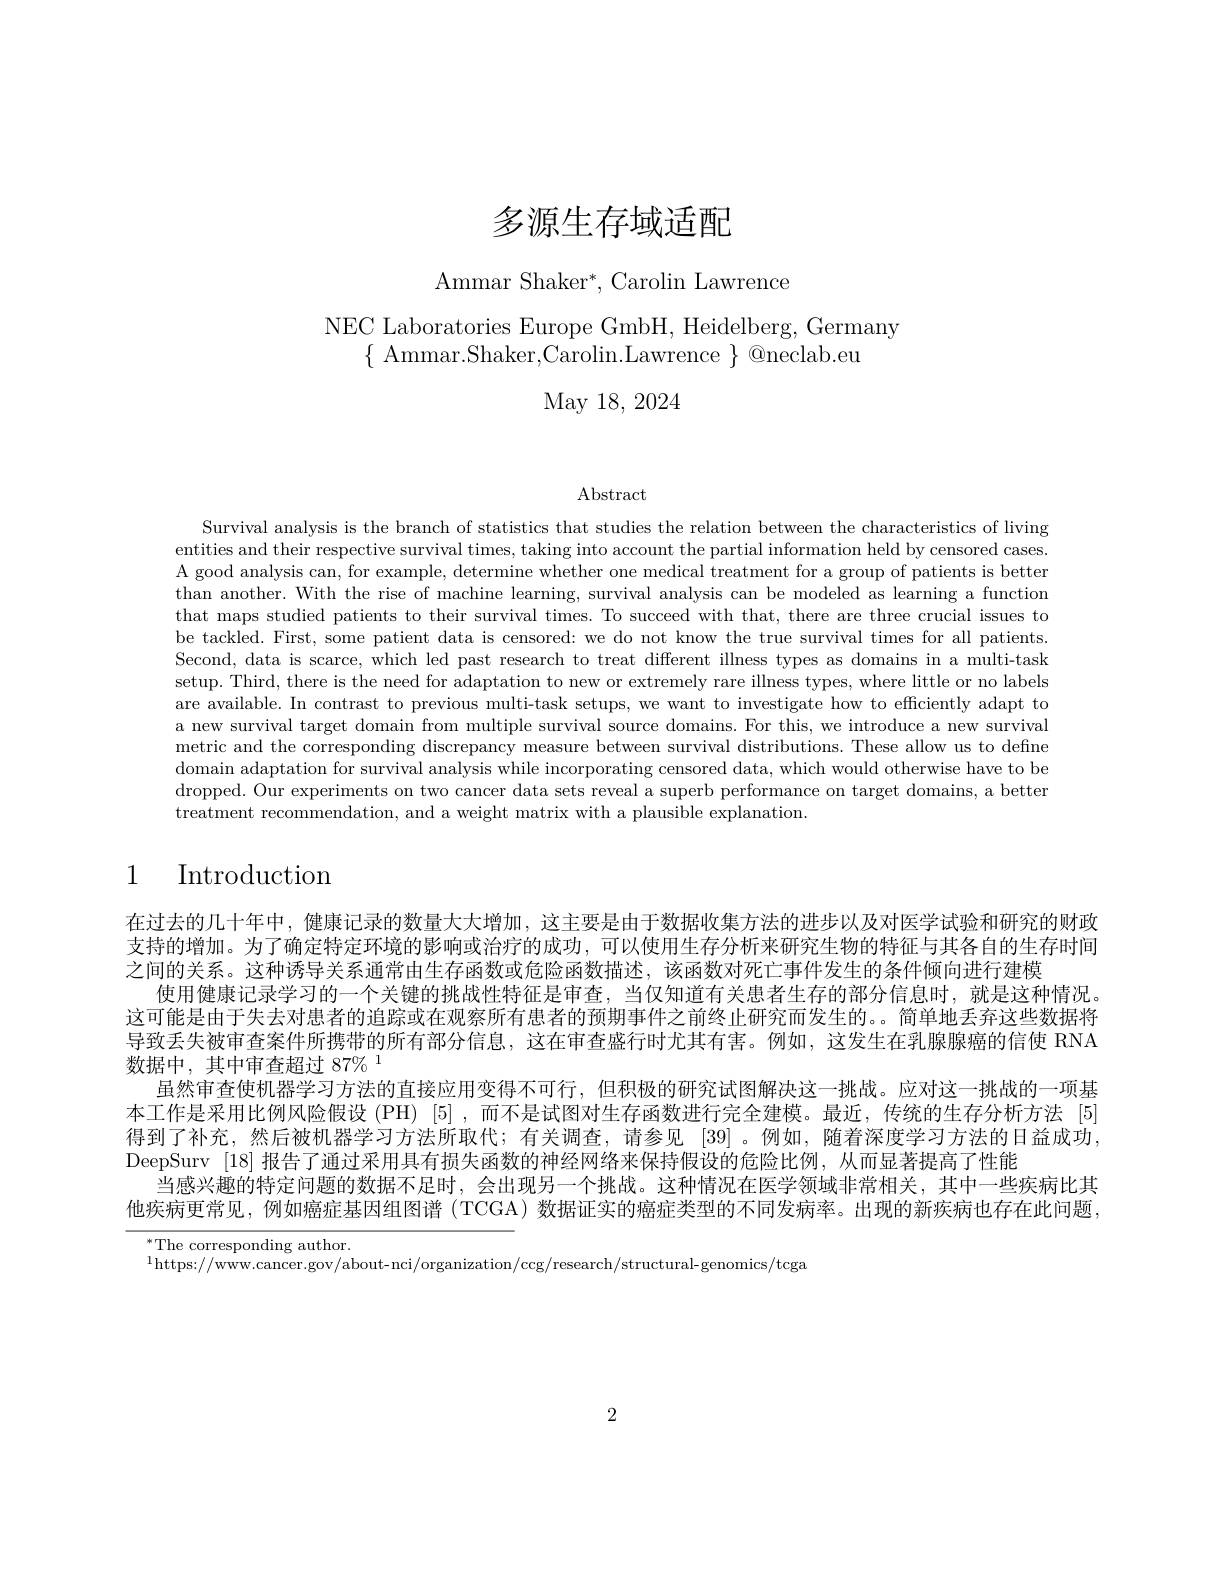
# 多源生存域适配

${\mathrm{Ammar~Shaker}^{*},\mathrm{Carolin~Lawrence}}$

# NEC Laboratories Europe GmbH, Heidelberg, Germany $\{$Ammar.Shaker,Carolin.Lawrence$\}$@neclab.eu

May 18, 2024

$\operatorname{Abstract}$

Survival analysis is the branch of statistics that studies the relation between the characteristics of living entities and their respective survival times, taking into account the partial information held by censored cases. A good analysis can, for example, determine whether one medical treatment for a group of patients is better than another. With the rise of machine learning, survival analysis can be modeled as learning a function that maps studied patients to their survival times. To succeed with that, there are three crucial issues to be tackled. First, some patient data is censored: we do not know the true survival times for all patients. Second, data is scarce, which led past research to treat different illness types as domains in a multi-task setup. Third, there is the need for adaptation to new or extremely rare illness types, where little or no labels are available. In contrast to previous multi-task setups, we want to investigate how to efficiently adapt to a new survival target domain from multiple survival source domains. For this, we introduce a new survival metric and the corresponding discrepancy measure between survival distributions. These allow us to define domain adaptation for survival analysis while incorporating censored data, which would otherwise have to be dropped. Our experiments on two cancer data sets reveal a superb performance on target domains, a better treatment recommendation, and a weight matrix with a plausible explanation.

# 1 Introduction

在过去的几十年中，健康记录的数量大大增加，这主要是由于数据收集方法的进步以及对医学试验和研究的财政支持的增加。为了确定特定环境的影响或治疗的成功，可以使用生存分析来研究生物的特征与其各自的生存时间之间的关系。这种诱导关系通常由生存函数或危险函数描述，该函数对死亡事件发生的条件倾向进行建模
使用健康记录学习的一个关键的挑战性特征是审查，当仅知道有关患者生存的部分信息时，就是这种情况。这可能是由于失去对患者的追踪或在观察所有患者的预期事件之前终止研究而发生的。简单地丢弃这些数据将导致丢失被审查案件所携带的所有部分信息，这在审查盛行时尤其有害。例如，这发生在乳腺腺癌的信使 RNA 数据中，其中审查超过 87% 1
虽然审查使机器学习方法的直接应用变得不可行，但积极的研究试图解决这一挑战。应对这一挑战的一项基本工作是采用比例风险假设 (PH) [5] ,而不是试图对生存函数进行完全建模。最近，传统的生存分析方法 [5] 得到了补充，然后被机器学习方法所取代；有关调查，请参见[39]。例如，随着深度学习方法的日益成功， DeepSurv [18]报告了通过采用具有损失函数的神经网络来保持假设的危险比例，从而显著提高了性能
当感兴趣的特定问题的数据不足时，会出现另一个挑战。这种情况在医学领域非常相关，其中一些疾病比其他疾病更常见，例如癌症基因组图谱 (TCGA) 数据证实的癌症类型的不同发病率。出现的新疾病也存在此问题，

${}^{*}$The corresponding author.

$^{1}$https://www.cancer.gov/about- nci/organization/ccg/research/structural-genomics/tcga

2